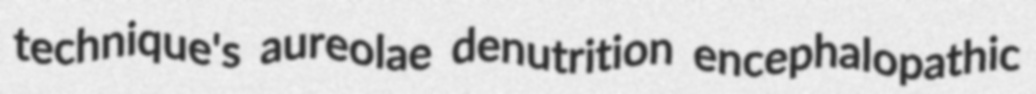
technique's aureolae denutrition encephalopathic